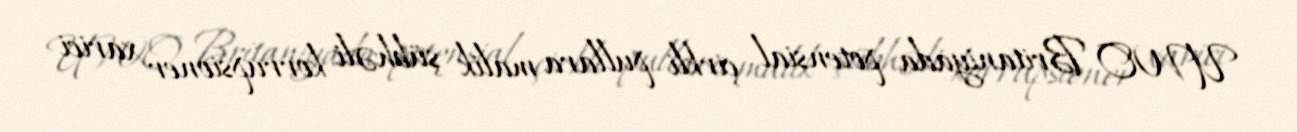
UWO Britaniyada potensial çirkli pullara malik şübhəli korrupsioner xarici